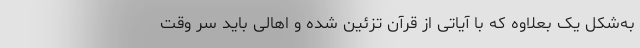
به‌‌شکل یک بعلاوه که با آیاتی از قرآن تزئین شده و اهالی باید سر وقت